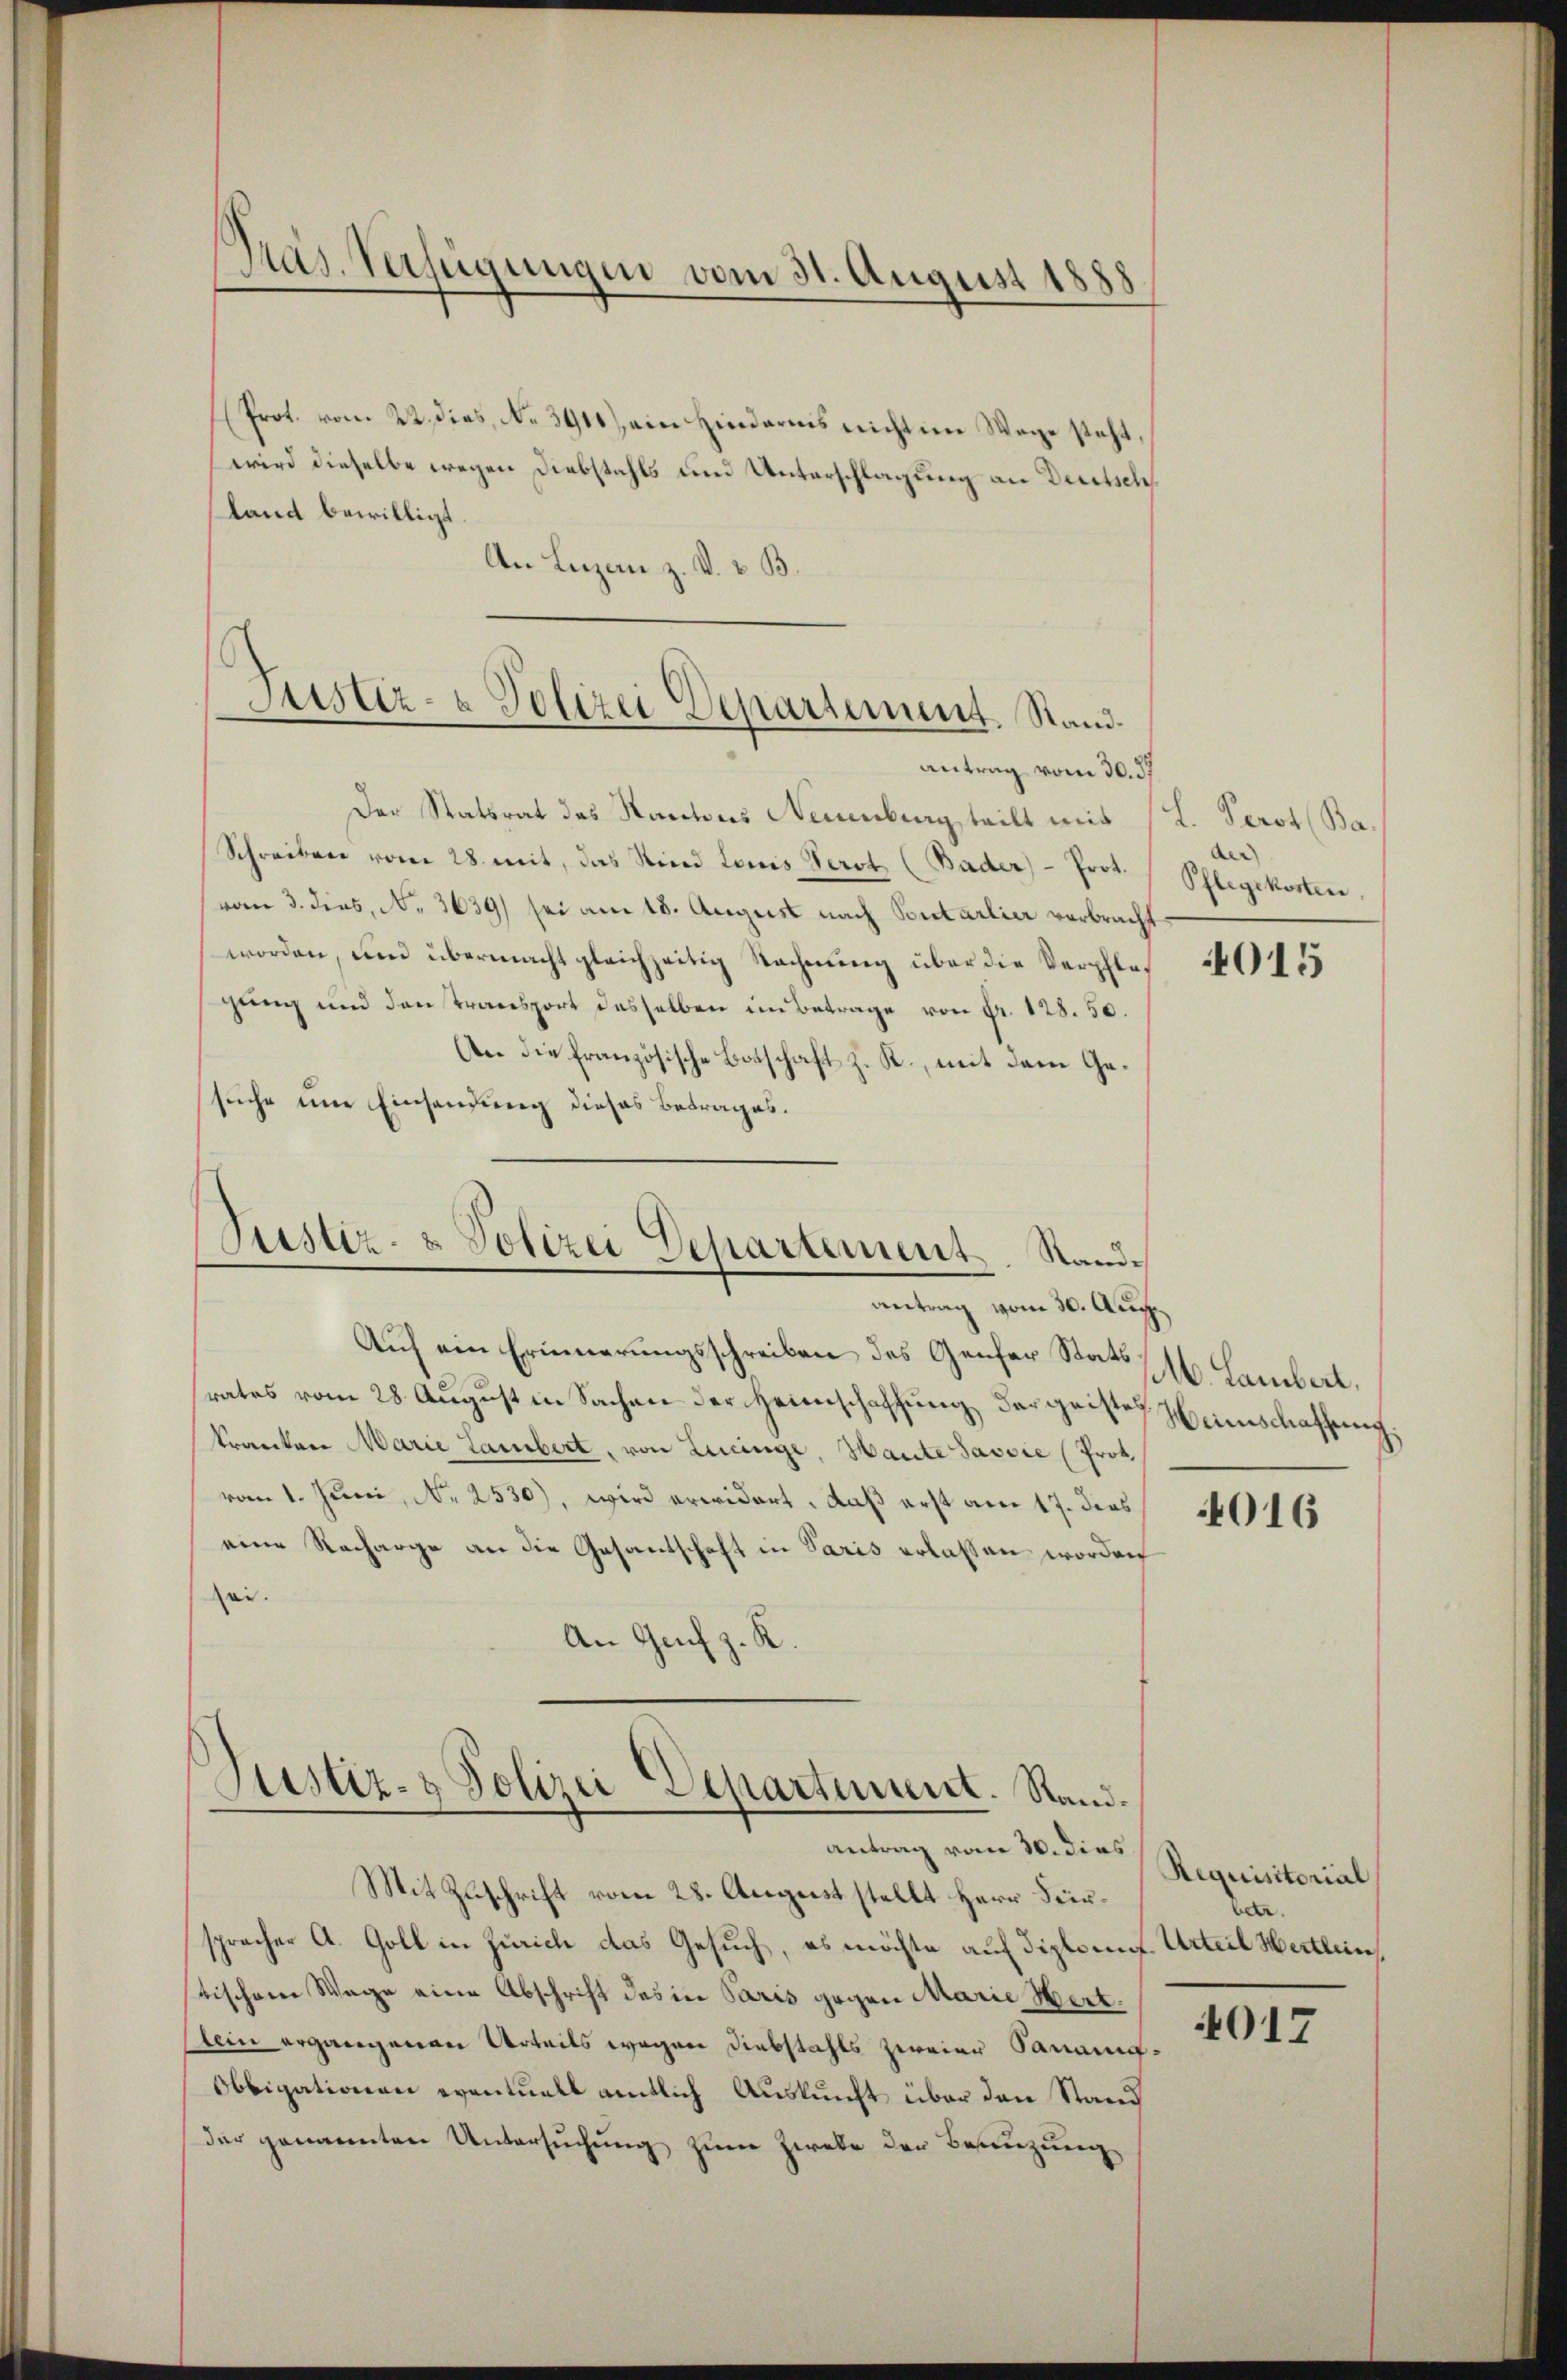
(Prot. vom 22. dies, No. 391) ein Hindernis nicht im Wege steht,
wird dieselbe wegen Diebstahls und Unterschlagung an Deutsch
land bewilligt.
An Lizan z. V. v. B.

d
Pas. Verfügungen vom 31. August 1888

Justiz- & Polizei Departement. Stand.
antrag vom 30. 57

Der Statsrat des Kantons Neuenburg teilt mit (L. Perot (Ba¬
Schreiben vom 28. mit, das Sind Louis Verst (Bader) - Prot.
(vom 3. dies, N. 3639) sei am 18. August nach Portarlier verbracht
worden, um übermacht gleichzeitig Rechnung über die Verpflegung und den Transport desselben im Betrage von Fr. 128. 50.
An die französische Botschaft z. R., mit dem Gesuche eine Einsendung dieses Betrages.
Justiz- & Polizei Departement. Sandantrag vom 30. Aug.
Auf ein Erinnerungsschreiben des Genfer Stats 11. Lambert,
srates vom 28. August in Sachen der Heimschaffung dargeiste Weinschaffung.
kranken Marie Lambert, von Lucinge, Haute Savoie (Prok.
vom 1. Juni, N. 2530), wird erwidert, daß erst am 17. dies
eine Recharge an die Gesantschaft in Paris erlassen worden
sei.
An Genf z. K

Justiz- & Polizei Departement. Stand.
antrag vom 30. dies

Mit Zuschrift vom 28. August stellt Herr Fürspracher A. Goll in Zürich das Gesuch, es möchte auf diplom Urteil Hertlein
stischem Wage eine Abschrift des in Paris gegen Marie Hert.
Alein ergangenen Urteils wegen Diebstahls zweier Sanaug-
Obbigationen eventuell amtlich Auskunft über den Stand
der genannten Untersuchung zum Zwebe der Besingung

der
Pflegekosten

015

4016

Requisitorial
betr
4017